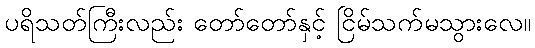
ပရိသတ်ကြီးလည်း တော်တော်နှင့် ငြိမ်သက်မသွားလေ။